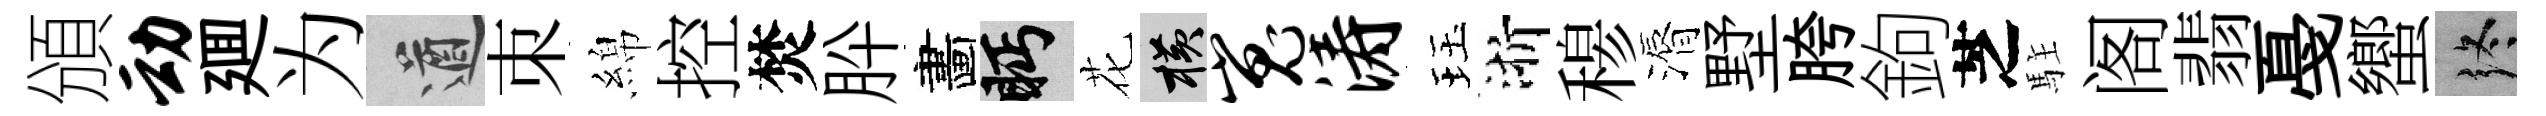
頒动廽为遒朿綿控焚肸畵眄花横嵬涛珏浙𥠇漘墅胯鉤芝駐阁翡戞蠁终